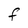
Character: f